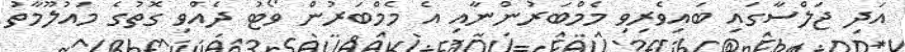
އަދި ޖަލްސާގައި ބައިވެރިވި މެމްބަރުންނާއި އެ މެމްބަރުން ވޯޓު ދެއްވި ގޮތުގެ މައުލޫމާތު